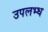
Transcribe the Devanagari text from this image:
उपलभ्ध